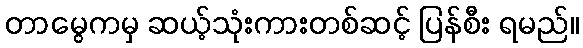
တာမွေကမှ ဆယ့်သုံးကားတစ်ဆင့် ပြန်စီး ရမည်။